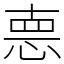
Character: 𢛳